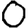
Digit: 0